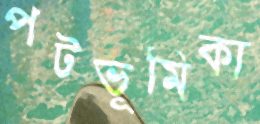
পটভূমিকা